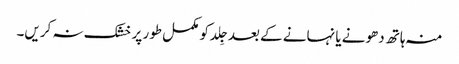
منہ ہاتھ دھونے یا نہانے کے بعد جِلد کو مکمل طور پر خشک نہ کریں۔